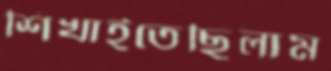
শিখাইতেছিলাম